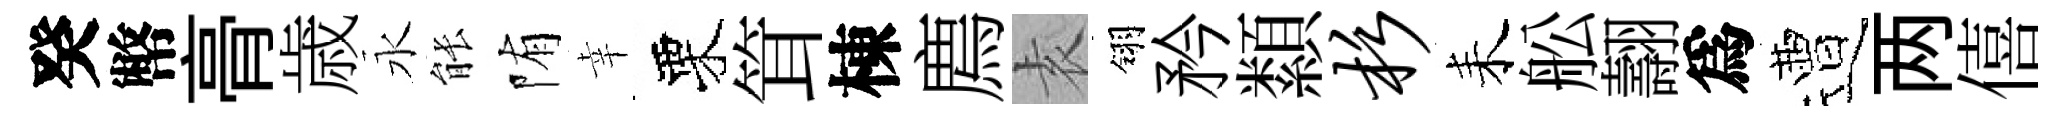
癸幣𮌔歳永䏻陏幸栗䇯棟廌𡊮翎矜纇杉耒舩翿爲遭两僖